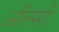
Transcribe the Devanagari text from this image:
ऑल्सो